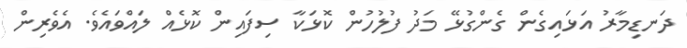
ދަނޑިމާރު އަޅައިގެން ގެންގުޅޭ މަދު ފުލުހުން ކޮޅަކާ ސިފައިން ކޮޅެއް ލައްވައެވެ. އެވެރިން